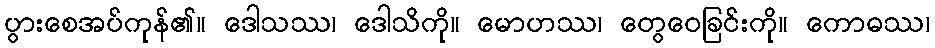
ပွားစေအပ်ကုန်၏။ ဒေါသဿ၊ ဒေါသိကို။ မောဟဿ၊ တွေဝေခြင်းကို။ ကောဓဿ၊